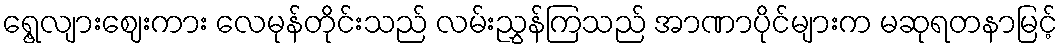
ရွေ့လျားဈေးကား လေမုန်တိုင်းသည် လမ်းညွှန်ကြသည် အာဏာပိုင်များက မဆုရတနာမြင့်